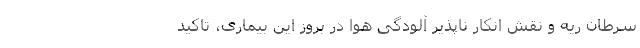
سرطان ریه و نقش انکار ناپذیر آلودگی هوا در بروز این بیماری، تاکید